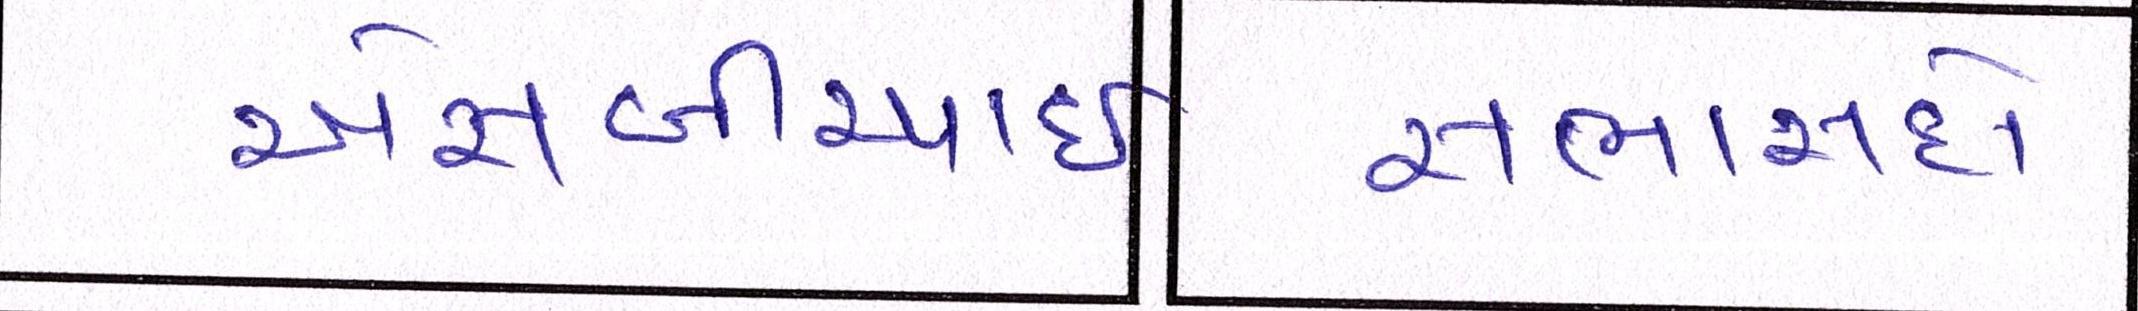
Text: એસબીઆઇ